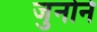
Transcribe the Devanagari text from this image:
जुनोने